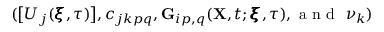
( \big [ U _ { j } ( \pmb { \xi } , \tau ) \big ] , c _ { j k p q } , \mathbf { G } _ { i p , q } ( \mathbf { X } , t ; \pmb { \xi } , \tau ) , \textnormal { a n d } ~ \nu _ { k } )